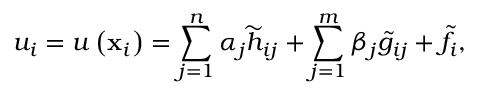
u _ { i } = u \left( \mathbf { x } _ { i } \right) = \sum _ { j = 1 } ^ { n } \alpha _ { j } \widetilde { h } _ { i j } + \sum _ { j = 1 } ^ { m } \beta _ { j } \widetilde { g } _ { i j } + \widetilde { f } _ { i } ,